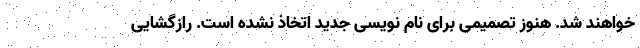
خواهند شد. هنوز تصمیمی برای نام نویسی جدید اتخاذ نشده است. رازگشایی